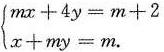
$$\begin{cases}